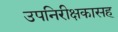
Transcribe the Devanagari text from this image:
उपनिरीक्षकासह